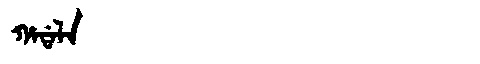
Manchu: ᡥᠠᡩᠠᠯᠠ
Romanization: HADALA